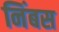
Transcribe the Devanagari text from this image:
निंबस